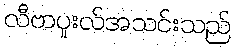
လီဗာပူးလ်အသင်းသည်